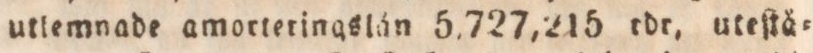
utlemnade amorteringslån 5,727,215 rdr, utrſtå=